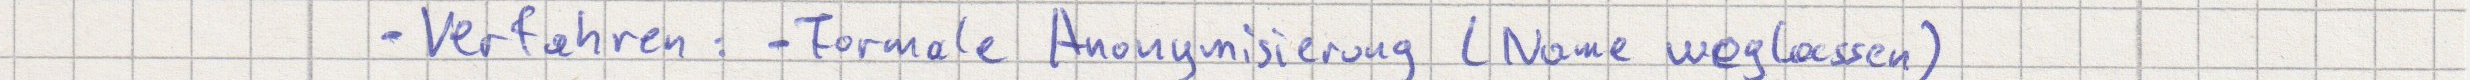
- Verfahren: - Formale Anonymisierung (Name weglassen)